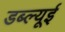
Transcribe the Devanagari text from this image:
डब्ल्यूई